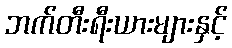
ဘက်တီးရီးယားများနှင့်